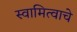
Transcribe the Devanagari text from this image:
स्वामित्वाचे